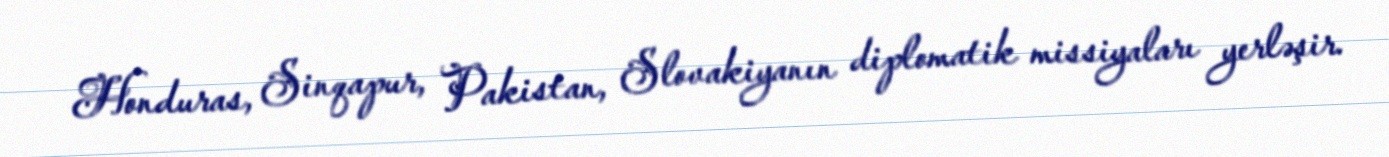
Honduras, Sinqapur, Pakistan, Slovakiyanın diplomatik missiyaları yerləşir.